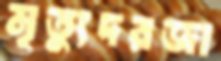
মৃত্যুদরজা